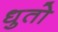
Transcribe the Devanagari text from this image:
धुतो